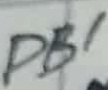
Text: PB1